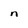
Character: n